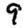
Digit: 9